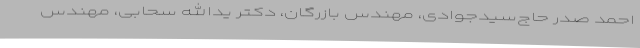
احمد صدر حاج‌سیدجوادی‌، مهندس‌ بازرگان‌، دکتر یدالله سحابی‌، مهندس‌